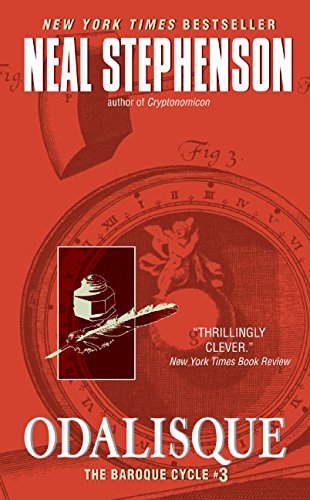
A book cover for Odalisque: The Baroque Cycle #3; Neal Stephenson; Literature & Fiction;